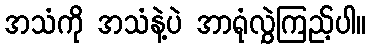
အသံကို အသံနဲ့ပဲ အာရုံလွှဲကြည့်ပါ။